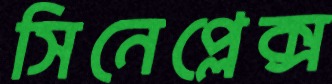
সিনেপ্লেক্স